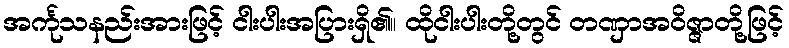
အင်္ကုသနည်းအားဖြင့် ငါးပါးအပြားရှိ၏။ ထိုငါးပါးတို့တွင် တဏှာအဝိဇ္ဇာတို့ဖြင့်